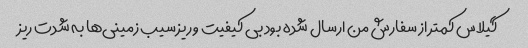
گیلاس کمتر از سفارش من ارسال شده بود بی کیفیت و ریز سیب زمینی‌ها به شدت ریز